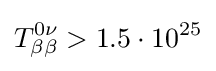
T_{\beta \beta }^{0\nu }>1.5\cdot 10^{25}